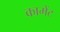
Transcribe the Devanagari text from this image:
कामेंट